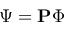
\boldsymbol { \Psi } = \mathbf { P } \boldsymbol { \Phi }